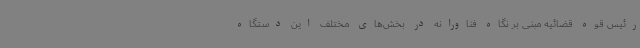
رئیس قوه قضائیه مبنی بر نگاه فناورانه در بخش‌های مختلف این دستگاه